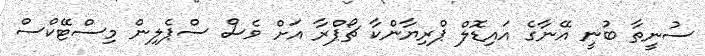
ސުނީތާ ބުނީ އޭނާގެ އައިޑޮލް ޕްރިޔާންކާ ޗޯޕްރާ އަށް ވެސް ސްޕެލިން މިސްޓޭކްސް